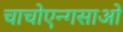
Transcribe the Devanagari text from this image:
चाचोएन्गसाओ